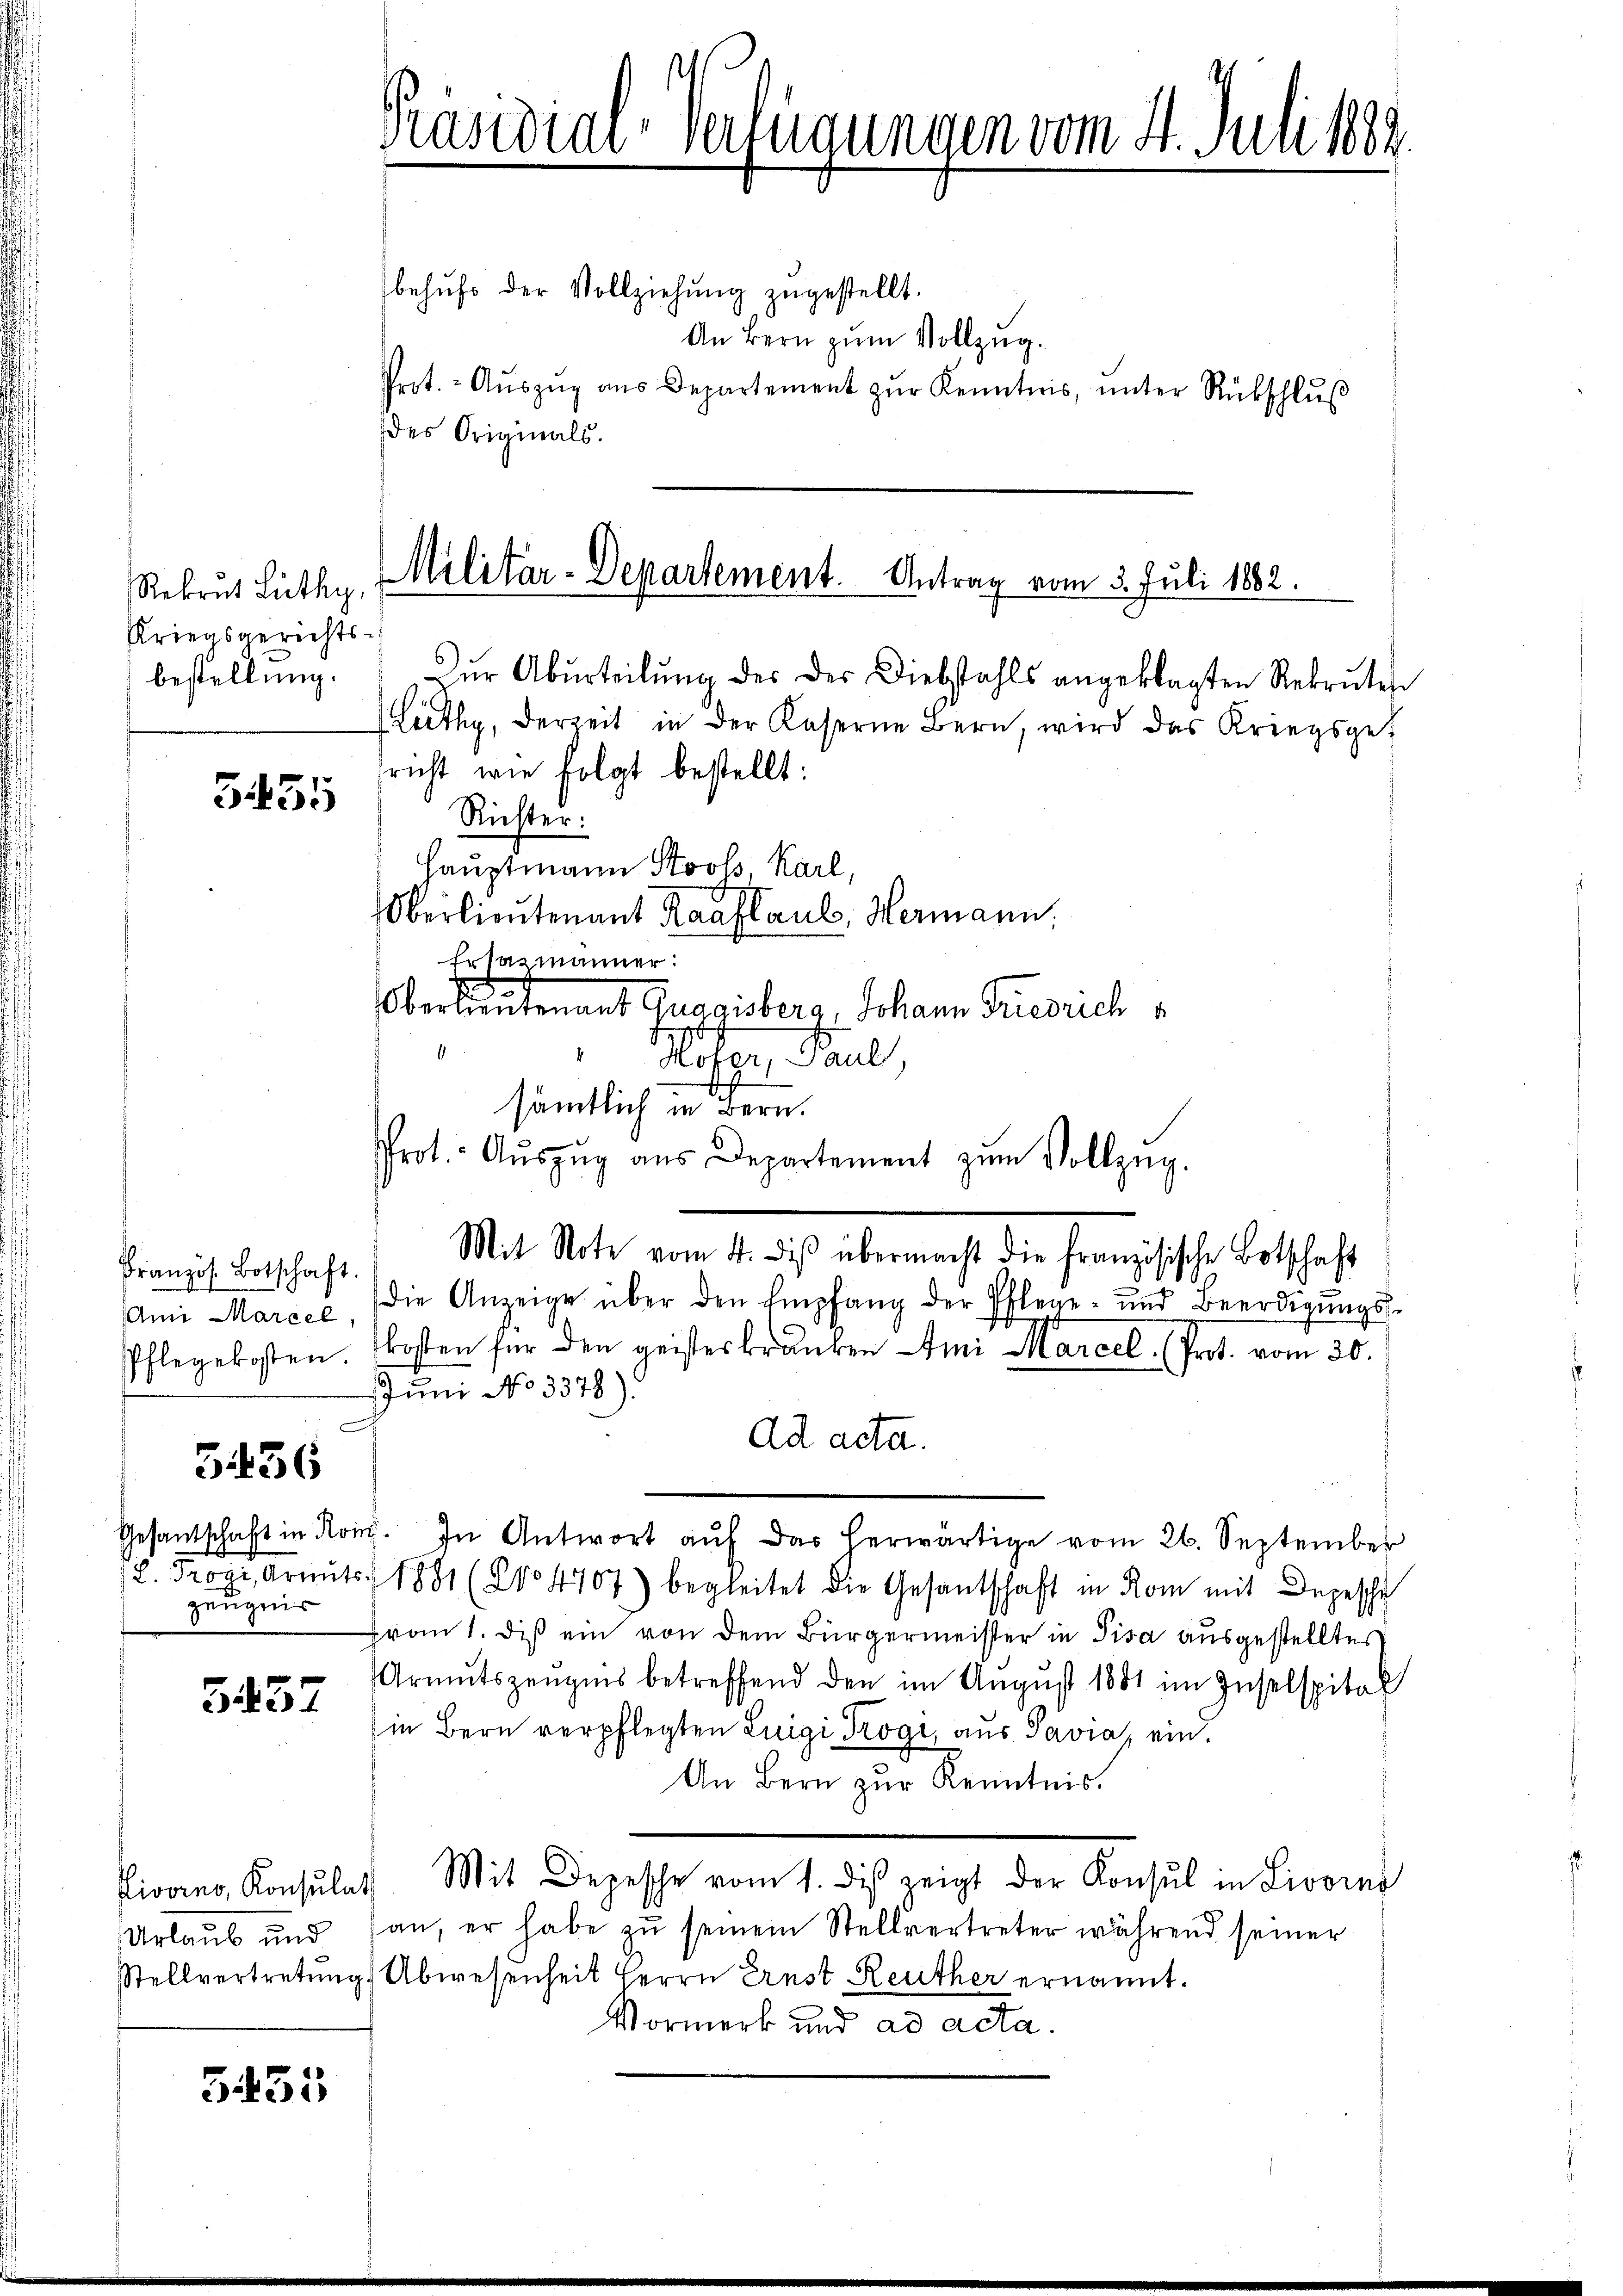
Rekrut Lüthy,
Kriegsgerechts-
bestellung.

5455

ranzös. Botschaft.
Ami Marcel,
Pflegekosten.

3436

Gesantschaft in Ro
. 5 Art
genug

G 457

Pivorno, Konsulat
Urlaub und
Stellvertretung

5435

Präsidial-Verfügungen vom 4. Juli 1889

behŭfs der Vollziehŭng zŭgestellt.
An Bern zum Vollzug.
Prot. - Aŭszŭg ans Departement zŭr Kenntnis, ŭnter Rückschlŭβ
des Originals.

Militär-Departement. Antrag vom 3. Juli 1882.

sämtlich in Bern.

Dŭr Abŭrteilŭng des der Diebstahls angeklagten Rekruten
Lüthy, derzeit in der Kaserne Bern, wird das Kriegsgericht, wie folgt bestellt:
Richter:
Hauptmann Stooss Karl,
Oberlieutenant Raaflaub, Hermann.
Ertasmänner:
Oberlautenant Quasisberg, Johann Fuesuch
Hofer, Paul.
Prot. Aŭszŭg aŭs Departement zŭm Vollzŭg.
Mit Note vom 4. diβ übermacht die französische Botschaft
die Anzeige über den Empfang der Pflege- und Beerdigŭngs-
kosten für den geisteskranken Ami Marcel. Prot. vom 30.
JJuni No 3378).
ad acta.
. In Antwort aŭf das herwärtige vom 26. September
1881 (204707) begleitet die Gesantschaft in Rom mit Depesche
Frau 1. diß ein von dem Bürgermeister in Pisa ausgestelltes
Armutszeugnis betreffend den im August 1881 im Inselspital
in Bern verpflegten Luigi Trogi, aus Pavia, ein.
An Bern zur Kenntnis.
 Mit Depesche vom 1. des zeigt der Konsul in Livorno
an, er habe zu seinem Stellvertreter während seiner
Abwesenheit Herrn Ernst Reuther ernannt.
Vormerk und ad acta.